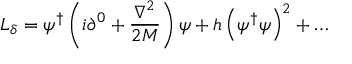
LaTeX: { { \cal L } } _ { \delta } = \psi ^ { \dagger } \left( i \partial ^ { 0 } + { \frac { { \nabla } ^ { 2 } } { 2 M } } \right) \psi + h \left( \psi ^ { \dagger } \psi \right) ^ { 2 } + \dots